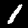
Label: 1